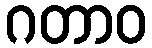
ဂတာဝ